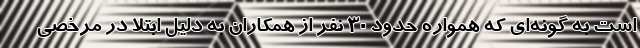
است به گونه‌ای که همواره حدود ۳۰ نفر از همکاران به دلیل ابتلا در مرخصی